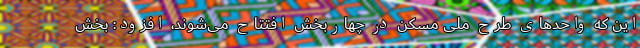
این که واحدهای طرح ملی مسکن در چهاربخش افتتاح می‌شوند، افزود: بخش